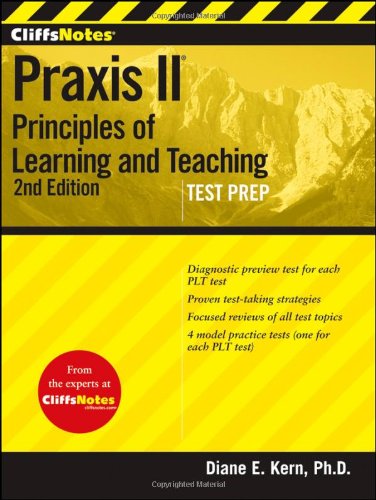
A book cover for CliffsNotes Praxis II: Principles of Learning andTeaching, Second Edition; Diane E Kern; Test Preparation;